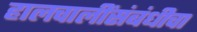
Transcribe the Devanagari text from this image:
हालचालींसंबंधीचा